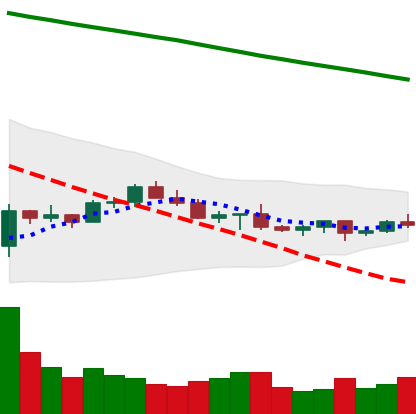
Ticker: LTC-USD
Chart end date: 2022-07-08
Forward return: -3.882%
Label: down_3_5